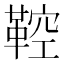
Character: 鞚